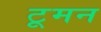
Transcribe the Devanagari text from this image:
टूमन